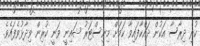
ކުރި ދިރާސާ އަކުން ދައްކާފައިވާ ކަމަށް މިނިސްޓަރު ޝައިނީ ވަނީ ކުރިން ވިދާޅުވެފައެވެ.